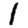
Digit: 1